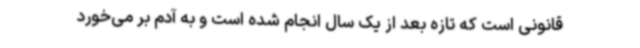
قانونی است که تازه بعد از یک سال انجام شده است و به آدم بر می‌خورد